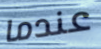
عندما